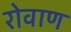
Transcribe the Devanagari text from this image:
रोवाण